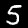
Label: 5